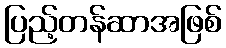
ပြည့်တန်ဆာအဖြစ်